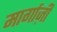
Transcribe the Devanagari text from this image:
मार्गाज़ी